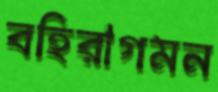
বহিরাগমন